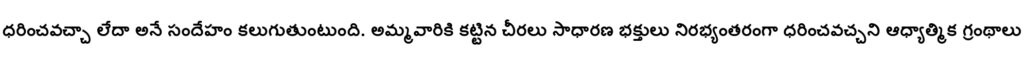
ధరించవచ్చా లేదా అనే సందేహం కలుగుతుంటుంది. అమ్మవారికి కట్టిన చీరలు సాధారణ భక్తులు నిరభ్యంతరంగా ధరించవచ్చని ఆధ్యాత్మిక గ్రంథాలు